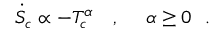
{ \dot { S } } _ { c } \propto - T _ { c } ^ { \alpha } ~ ~ ~ , ~ ~ ~ ~ \alpha \geq 0 ~ ~ .